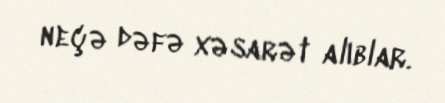
neçə dəfə xəsarət alıblar.